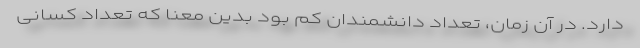
دارد. در آن زمان، تعداد دانشمندان کم بود بدین معنا که تعداد کسانی